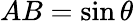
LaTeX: AB=\sin\theta